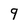
Character: 9